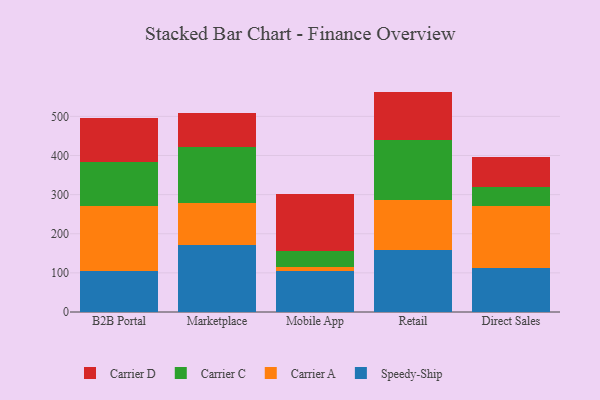
{"axis": {"x": "Channel", "y": "Customer Acquisition Cost (USD)"}, "legend": ["Carrier A", "Carrier C", "Carrier D", "Speedy-Ship"], "data": [{"x": "B2B Portal", "y": 105.6, "type": "Speedy-Ship"}, {"x": "B2B Portal", "y": 165.9, "type": "Carrier A"}, {"x": "B2B Portal", "y": 113.1, "type": "Carrier C"}, {"x": "B2B Portal", "y": 110.4, "type": "Carrier D"}, {"x": "Marketplace", "y": 170.5, "type": "Speedy-Ship"}, {"x": "Marketplace", "y": 108.1, "type": "Carrier A"}, {"x": "Marketplace", "y": 144.2, "type": "Carrier C"}, {"x": "Marketplace", "y": 85.1, "type": "Carrier D"}, {"x": "Mobile App", "y": 103.8, "type": "Speedy-Ship"}, {"x": "Mobile App", "y": 10.4, "type": "Carrier A"}, {"x": "Mobile App", "y": 41.5, "type": "Carrier C"}, {"x": "Mobile App", "y": 145.4, "type": "Carrier D"}, {"x": "Retail", "y": 158.0, "type": "Speedy-Ship"}, {"x": "Retail", "y": 129.4, "type": "Carrier A"}, {"x": "Retail", "y": 151.9, "type": "Carrier C"}, {"x": "Retail", "y": 124.0, "type": "Carrier D"}, {"x": "Direct Sales", "y": 113.1, "type": "Speedy-Ship"}, {"x": "Direct Sales", "y": 157.1, "type": "Carrier A"}, {"x": "Direct Sales", "y": 48.9, "type": "Carrier C"}, {"x": "Direct Sales", "y": 76.7, "type": "Carrier D"}]}